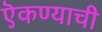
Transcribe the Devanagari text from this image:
ऎकण्याची